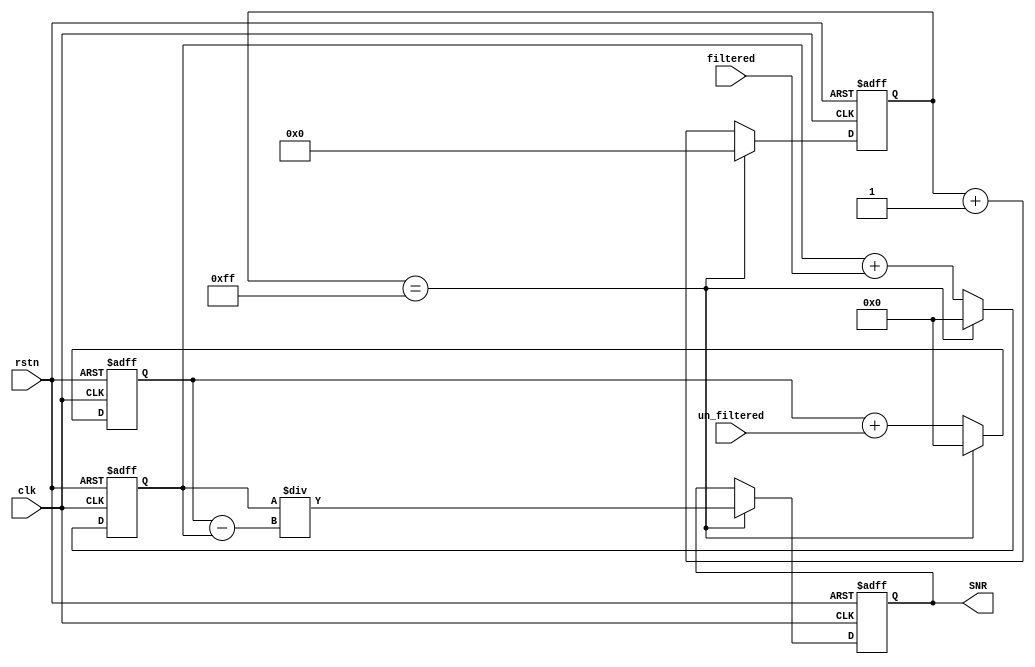
module SNR_reader (
    input wire clk,
    input wire rstn,
    input wire [9:0] filtered,
    input wire [9:0] un_filtered,
    output wire [16:0] SNR
);
reg [7:0] counter;
reg [16:0] SNR_reg,un_filtered_sum,filtered_sum;
assign SNR = SNR_reg;

always @(posedge clk or negedge rstn) begin
    if(~rstn) begin
        counter <= 8'b0;
        SNR_reg <= 17'b0;
        un_filtered_sum <= 17'b0;
        filtered_sum <= 17'b0;
    end
    else begin
        if(counter==8'd255) begin
            counter <= 8'b0;
            SNR_reg <= filtered_sum/(un_filtered_sum-filtered_sum);
            un_filtered_sum <= 17'b0;
            filtered_sum <= 17'b0;
        end
        else begin
            counter <= counter+1'b1;
            un_filtered_sum <= un_filtered_sum + un_filtered;
            filtered_sum <= filtered_sum + filtered;
        end

    end        
end
endmodule